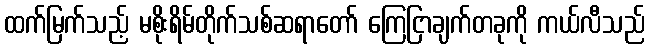
ထက်မြက်သည့် မစိုးရိမ်တိုက်သစ်ဆရာတော် ကြေငြာချက်တခုကို ကယ်လီသည်